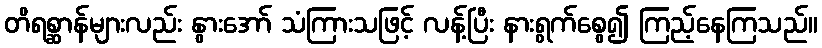
တိရစ္ဆာန်များလည်း နွားအော် သံကြားသဖြင့် လန့်ပြီး နားရွက်စွေ၍ ကြည့်နေကြသည်။